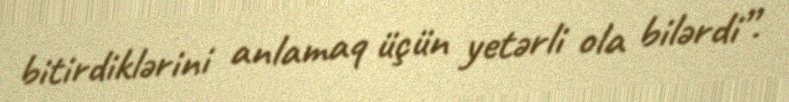
bitirdiklərini anlamaq üçün yetərli ola bilərdi”.